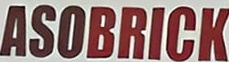
ASOBRICK